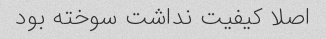
اصلا کیفیت نداشت سوخته بود